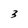
Character: 3